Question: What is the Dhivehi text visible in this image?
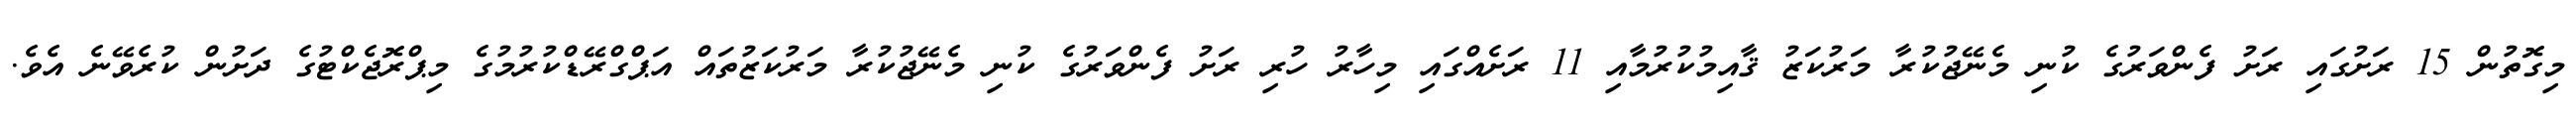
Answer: މިގޮތުން 15 ރަށުގައި ރަށު ފެންވަރުގެ ކުނި މެނޭޖުކުރާ މަރުކަޒު ޤާއިމުކުރުމާއި 11 ރަށެއްގައި މިހާރު ހުރި ރަށު ފެންވަރުގެ ކުނި މެނޭޖުކުރާ މަރުކަޒުތައް އަޕްގްރޭޑްކުރުމުގެ މިޕްރޮޖެކްޓުގެ ދަށުން ކުރެވޭނެ އެވެ.